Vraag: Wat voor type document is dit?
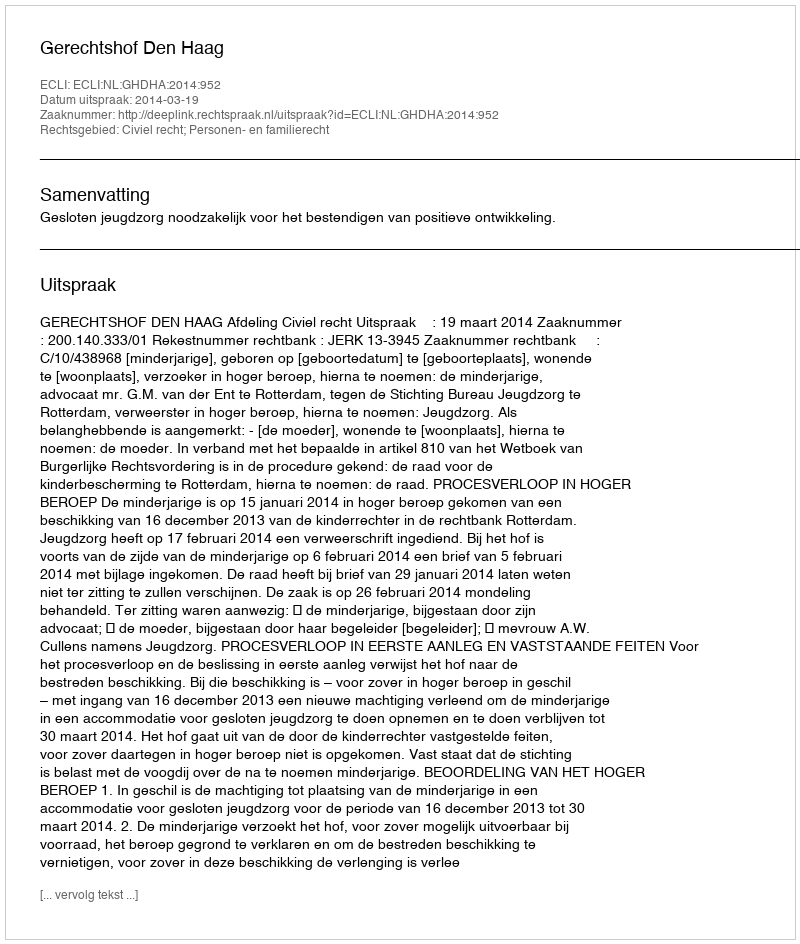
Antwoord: Uitspraak